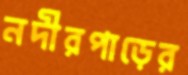
নদীরপাড়ের